system: You are a helpful assistant.
user:
Analyze the provided spectrum to determine if it is a **"Cataclysmic Variables (CV)"**.

- **Key Indicators for CV (Check for either state):**
    - **State 1: Quiescent / Low-State (Emission-Dominated)**
        - **(Primary):** Strong and *very broad* Hydrogen Balmer emission lines (e.g., $H\alpha$ at 6563 Å, $H\beta$ at 4861 Å). The 'broadness' (high velocity dispersion, often FWHM > 1000 km/s) is the key diagnostic, indicating a high-velocity accretion disk.
        - **(Secondary):** Broad neutral Helium (He I) emission lines (e.g., 5876 Å, 6678 Å).
        - **(Key Confirmation):** Presence of high-excitation *ionized* Helium (He II) emission at 4686 Å. This is a strong indicator of accretion onto a white dwarf.
        - **(Line Profile):** Emission lines may exhibit a 'double-peaked' profile, which is a classic signature of a rotating accretion disk viewed at high inclination.

    - **State 2: Outburst / High-State (Absorption-Dominated)**
        - **(Primary):** Spectrum is dominated by a bright, blue continuum (looks like a hot star).
        - **(Secondary):** The emission lines from State 1 are weak, absent, or 'filled in', and are replaced by broad, shallow *absorption* lines (primarily Balmer and He I).
        - **(Morphology):** The overall spectrum mimics a hot B/A-type star. The crucial difference is that the absorption lines are significantly broader, shallower, and more 'washed-out' (or 'smeared') than the sharp lines of a normal stellar photosphere, due to high rotational speeds and pressure broadening in the disk.

Think first, call **spectral_visualization_tool** if needed to examine features in detail, then provide your final answer. Your response must adhere to the following strict rules:
1.  **Overall Structure:** Your response must follow the format `<think>...</think> <tool_call>...</tool_call> (if a tool is used) <answer>...</answer>`.
2.  **Tool Usage Constraint:** You may only make **one** tool call per turn.
3.  **Final Answer Format:** In the `<answer>` tag, your conclusion must be inside a `\boxed{}` command (e.g., `\boxed{YES}`), followed by your justification.

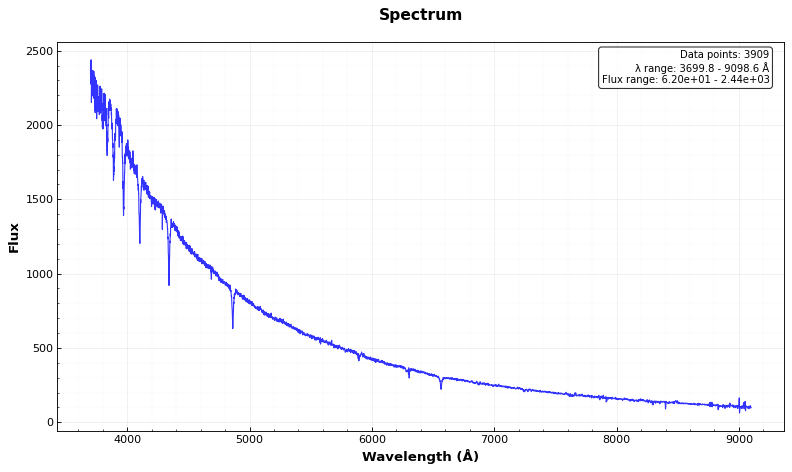
Answer: NO